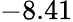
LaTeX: -8.41